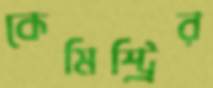
কেমিস্ট্রির